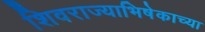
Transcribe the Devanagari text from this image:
शिवराज्याभिषेकाच्या